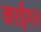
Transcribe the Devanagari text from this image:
काईगन